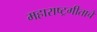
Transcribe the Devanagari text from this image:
महाराष्ट्रगीताचे